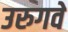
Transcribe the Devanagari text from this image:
उरुगवे